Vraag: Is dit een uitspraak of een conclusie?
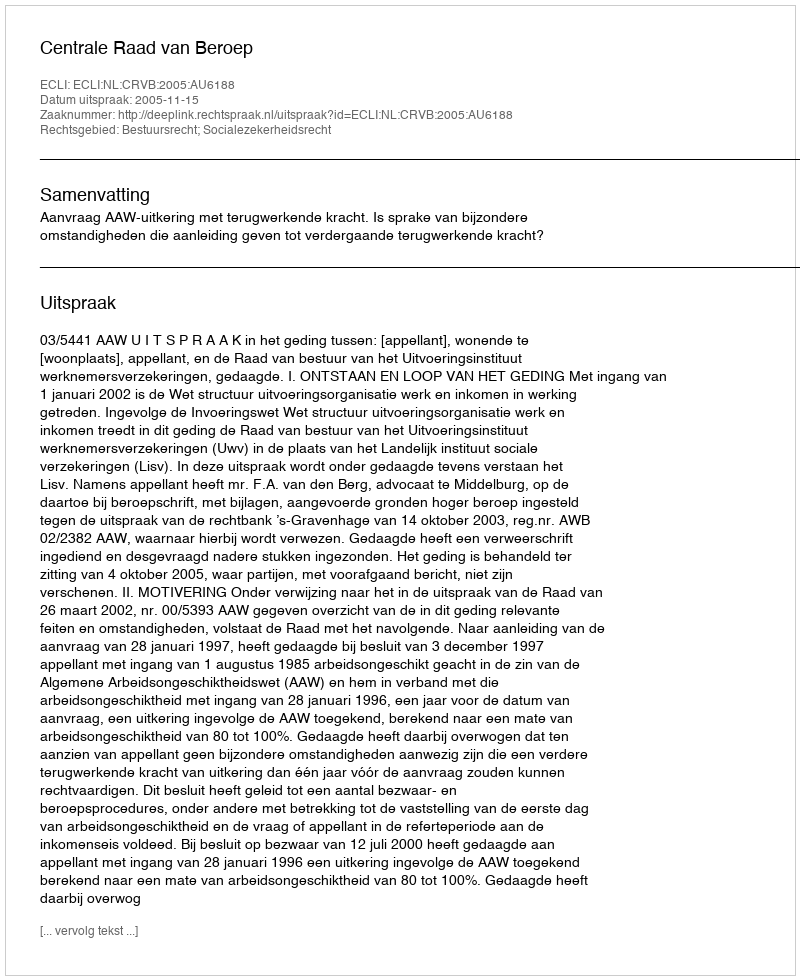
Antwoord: Uitspraak